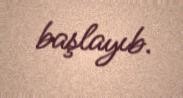
başlayıb.